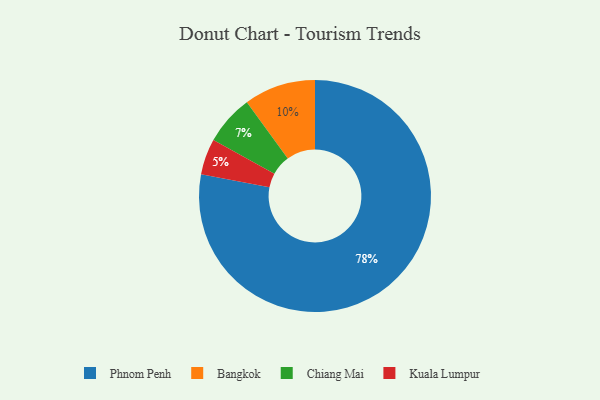
{"axis": {"x": "Category", "y": "Percentage"}, "legend": ["Bangkok", "Chiang Mai", "Kuala Lumpur", "Phnom Penh"], "data": [{"x": "Phnom Penh", "y": 78, "type": "Phnom Penh"}, {"x": "Kuala Lumpur", "y": 5, "type": "Kuala Lumpur"}, {"x": "Chiang Mai", "y": 7, "type": "Chiang Mai"}, {"x": "Bangkok", "y": 10, "type": "Bangkok"}]}